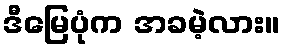
ဒီမြေပုံက အခမဲ့လား။